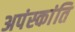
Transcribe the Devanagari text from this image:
अपंस्कांति